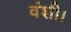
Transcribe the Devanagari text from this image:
वंशी।